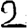
Digit: 2